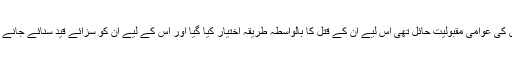
کامریڈ ارانی کے قتل کی راہ میں اس کی عوامی مقبولیت حائل تھی اس لیے ان کے قتل کا بالواسطہ طریقہ اختیار کیا گیا اور اس کے لیے ان کو سزائے قید سنائے جانے کے بعد سوا سال مزیدانتظار کیا گیا۔